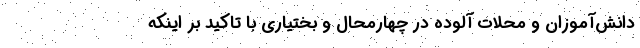
دانش‌آموزان و محلات آلوده در چهارمحال و بختیاری با تاکید بر اینکه